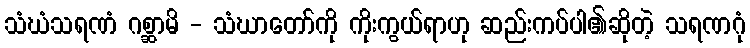
သံဃံသရဏံ ဂစ္ဆာမိ - သံဃာတော်ကို ကိုးကွယ်ရာဟု ဆည်းကပ်ပါ၏ဆိုတဲ့ သရဏဂုံ